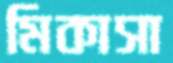
মিকাসা